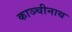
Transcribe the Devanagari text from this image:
काञ्चीनाथ